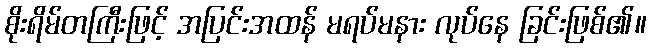
စိုးရိမ်တကြီးဖြင့် အပြင်းအထန် မရပ်မနား လုပ်နေ ခြင်းဖြစ်၏။